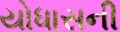
યોધાસની